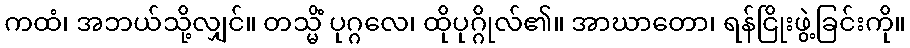
ကထံ၊ အဘယ်သို့လျှင်။ တသ္မိံ ပုဂ္ဂလေ၊ ထိုပုဂ္ဂိုလ်၏။ အာဃာတော၊ ရန်ငြိုးဖွဲ့ခြင်းကို။